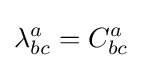
\lambda _{bc}^{a}=C_{bc}^{a}